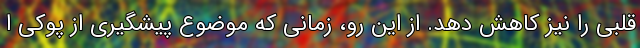
قلبی را نیز کاهش دهد. از این رو، زمانی که موضوع پیشگیری از پوکی ا